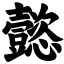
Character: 懿